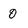
Character: 0